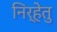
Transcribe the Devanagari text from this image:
निर्हेतु